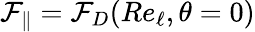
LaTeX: \mathcal{F}_{\parallel}=\mathcal{F}_{D}(\textit{Re}_{\ell},\theta=0)